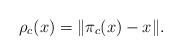
LaTeX: \begin{align*}\rho_c(x)=\|\pi_c(x)-x\|.\end{align*}